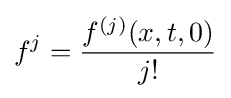
f^{j}={\frac {f^{(j)}(x,t,0)}{j!}}